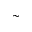
\sim